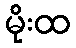
မိုးထ